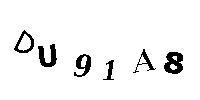
DU91A8